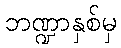
ဘဏ္ဍာနှစ်မှ